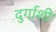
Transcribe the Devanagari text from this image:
दुर्गाशी